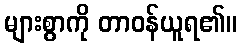
များစွာကို တာဝန်ယူရ၏။